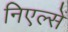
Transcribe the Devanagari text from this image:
निएल्सें